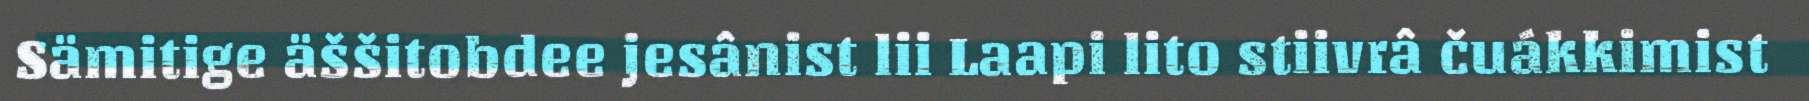
Sämitige äššitobdee jesânist lii Laapi lito stiivrâ čuákkimist